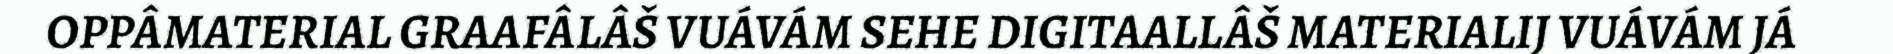
OPPÂMATERIAL GRAAFÂLÂŠ VUÁVÁM SEHE DIGITAALLÂŠ MATERIALIJ VUÁVÁM JÁ